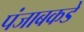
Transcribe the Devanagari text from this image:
पंजाबकडे